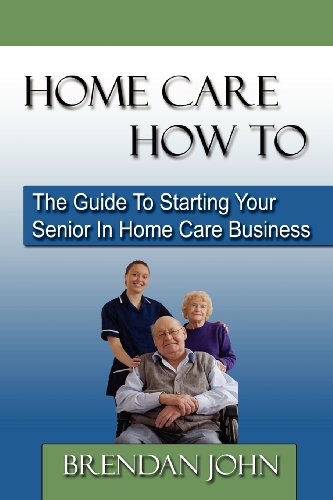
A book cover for HOME CARE HOW TO - The Guide To Starting Your Senior In Home Care Business; Brendan John; Parenting & Relationships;